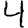
Digit: 4